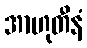
အာဟုတီနံ